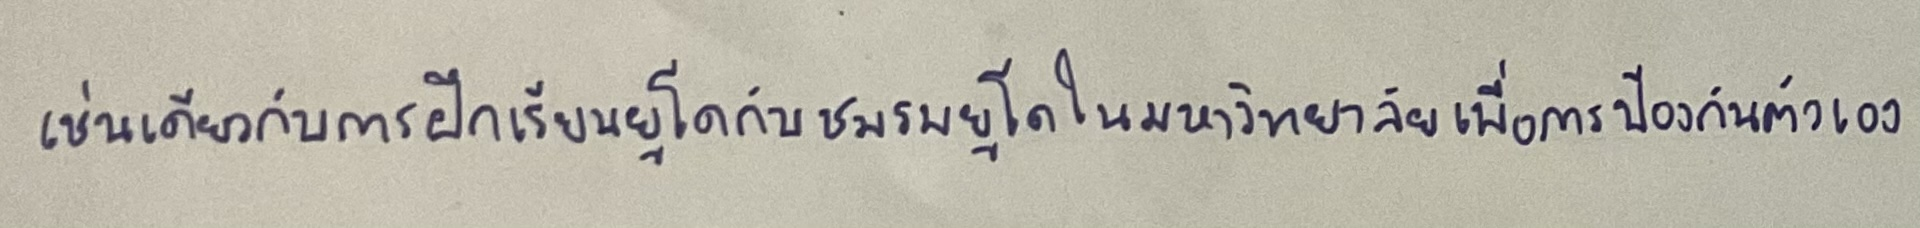
เช่นเดียวกับการฝึกเรียนยูโดกับชมรมยูโดในมหาวิทยาลัยเพื่อการป้องกันตัวเอง